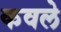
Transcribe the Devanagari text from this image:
कवले